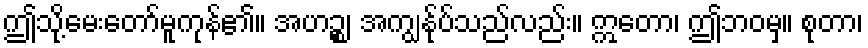
ဤသို့မေးတော်မူကုန်၏။ အဟဉ္စ၊ အကျွန်ုပ်သည်လည်း။ ဣတော၊ ဤဘဝမှ။ စုတာ၊